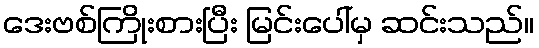
ဒေးဗစ်ကြိုးစားပြီး မြင်းပေါ်မှ ဆင်းသည်။